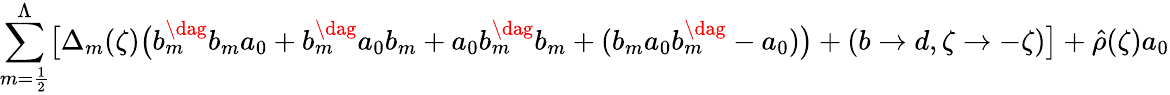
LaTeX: \sum_{m=\frac{1}{2}}^{\Lambda}\bigl[\Delta_{m}(\zeta)\bigl(b_{m}^{\dag}b_{m}a_{0}+b_{m}^{\dag}a_{0}b_{m}+a_{0}b_{m}^{\dag}b_{m}+(b_{m}a_{0}b_{m}^{\dag}-a_{0})\bigr)+(b\rightarrow d,\zeta\rightarrow-\zeta)\bigr]+{\hat{\rho}}(\zeta)a_{0}